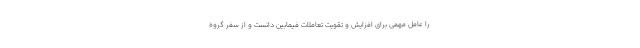
را عامل مهمی برای افزایش و تقویت تعاملات فیمابین دانست و از سفر گروه